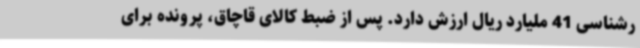
رشناسی 41 ملیارد ریال ارزش دارد. پس از ضبط کالای قاچاق، پرونده برای